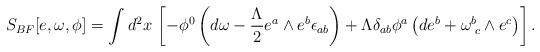
LaTeX: \begin{align*}S_{BF}[e,\omega,\phi] = \int d^{2}x \,\left[- \phi^{0} \left(d\omega - \frac{\Lambda}{2} e^{a}\wedge e^{b} \epsilon_{ab} \right) + \Lambda \delta_{ab} \phi^{a}\left( d e^{b} + \omega^{b}_{\,\, c} \wedge e^{c} \right) \right].\end{align*}